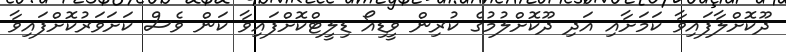
ދޫކޮށްލާފައިވާ ކަމަށާއި އަދި ދޫކޮށްލުމުގެ ކުރިން ވީޑިއޯ ޑިލީޓްކޮށްފައިވާ ކަން ވެސް ކަށަވަރުކޮށްފައިވާ